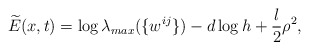
\begin{align*}\widetilde{E}(x,t)=\log \lambda_{max}(\{w^{ij}\})-d\log h+\frac{l}{2}\rho^{2},\end{align*}